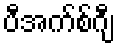
ပီအက်စ်ဂျီ